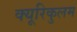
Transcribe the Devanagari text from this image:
क्यूरिकुलम